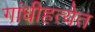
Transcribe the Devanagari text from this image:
गांधीहत्येत